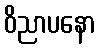
ဝိညာပနော